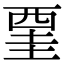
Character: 䙵